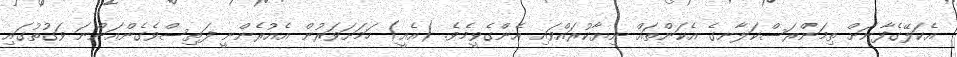
އެކަލޭގެފާނަށް ތިމަންރަސްކަލާނގެ އެކަންތައް ނިޔާކުރައްވައި އެންގެވީމެވެ. (އެއީ) ހަމަށަވަރުން އެއުރެންނީ ފަތިސްވެގެންއަންނަ ވަގުތުގައި